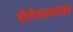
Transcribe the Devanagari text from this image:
रोगेशनटाइड